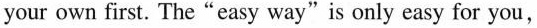
your own first. The"easy way"is only easy for you,